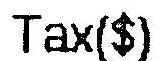
TAX($)